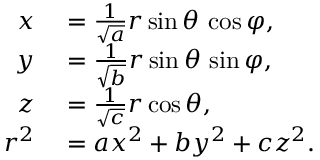
\begin{array} { r l } { x } & { { } = { \frac { 1 } { \sqrt { a } } } r \sin \theta \, \cos \varphi , } \\ { y } & { { } = { \frac { 1 } { \sqrt { b } } } r \sin \theta \, \sin \varphi , } \\ { z } & { { } = { \frac { 1 } { \sqrt { c } } } r \cos \theta , } \\ { r ^ { 2 } } & { { } = a x ^ { 2 } + b y ^ { 2 } + c z ^ { 2 } . } \end{array}